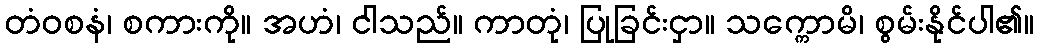
တံဝစနံ၊ စကားကို။ အဟံ၊ ငါသည်။ ကာတုံ၊ ပြုခြင်းငှာ။ သက္ကောမိ၊ စွမ်းနိုင်ပါ၏။